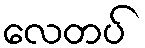
လေတပ်